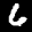
Label: 6